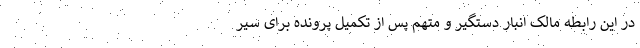
در این رابطه مالک انبار دستگیر و متهم پس از تکمیل پرونده برای سیر